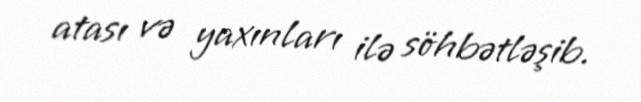
atası və yaxınları ilə söhbətləşib.